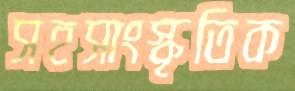
সহসাংস্কৃতিক